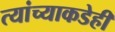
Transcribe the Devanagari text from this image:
त्यांच्याकडेही